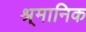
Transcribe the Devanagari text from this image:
श्र्मानिक